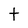
Character: t